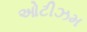
ઓટીઝમ